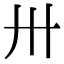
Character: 卅